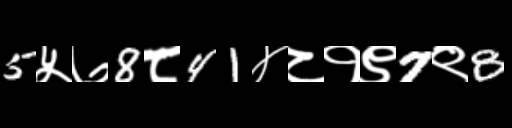
Text: 5५७8८41४८१९7९8